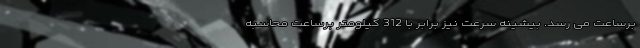
برساعت می رسد. بیشینه سرعت نیز برابر با 312 کیلومتر برساعت محاسبه